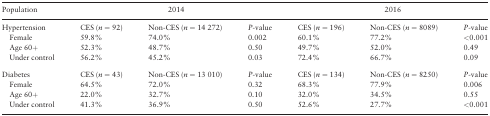
<table><thead><tr><td><b>Population</b></td><td colspan="3"><b>2014</b></td><td colspan="3"><b>2016</b></td></tr></thead><tbody><tr><td>Hypertension</td><td>CES (<i>n</i> = 92)</td><td>Non-CES (<i>n</i> = 14 272)</td><td><i>P</i>-value</td><td>CES (<i>n</i> = 196)</td><td>Non-CES (<i>n</i> = 8089)</td><td><i>P</i>-value</td></tr><tr><td> Female</td><td>59.8%</td><td>74.0%</td><td>0.002</td><td>60.1%</td><td>77.2%</td><td>&lt;0.001</td></tr><tr><td> Age 60+</td><td>52.3%</td><td>48.7%</td><td>0.50</td><td>49.7%</td><td>52.0%</td><td>0.49</td></tr><tr><td> Under control</td><td>56.2%</td><td>45.2%</td><td>0.03</td><td>72.4%</td><td>66.7%</td><td>0.09</td></tr><tr><td>Diabetes</td><td>CES (<i>n</i> = 43)</td><td>Non-CES (<i>n</i> = 13 010)</td><td><i>P</i>-value</td><td>CES (<i>n</i> = 134)</td><td>Non-CES (<i>n</i> = 8250)</td><td><i>P</i>-value</td></tr><tr><td> Female</td><td>64.5%</td><td>72.0%</td><td>0.32</td><td>68.3%</td><td>77.9%</td><td>0.006</td></tr><tr><td> Age 60+</td><td>22.0%</td><td>32.7%</td><td>0.10</td><td>32.0%</td><td>34.5%</td><td>0.55</td></tr><tr><td> Under control</td><td>41.3%</td><td>36.9%</td><td>0.50</td><td>52.6%</td><td>27.7%</td><td>&lt;0.001</td></tr></tbody></table>